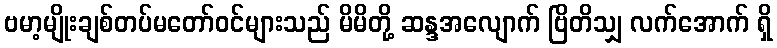
ဗမာ့မျိုးချစ်တပ်မတော်ဝင်များသည် မိမိတို့ ဆန္ဒအလျောက် ဗြိတိသျှ လက်အောက် ရှိ